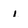
Character: 1